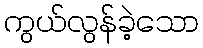
ကွယ်လွန်ခဲ့သော